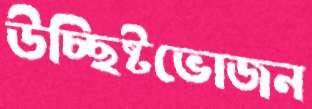
উচ্ছিষ্টভোজন